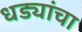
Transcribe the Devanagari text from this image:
धड्यांचा